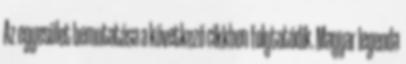
Az egyesület bemutatása a következő cikkben folytatódik. Magyar legenda